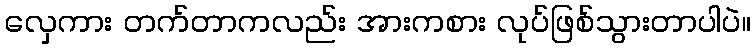
လှေကား တက်တာကလည်း အားကစား လုပ်ဖြစ်သွားတာပါပဲ။